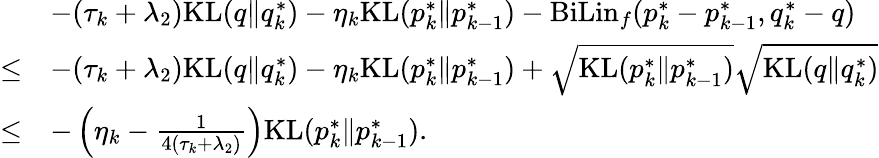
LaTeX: \begin{array}{rl}&{-(\tau_{k}+\lambda_{2})\mathrm{KL}(q\| q_{k}^{*})-\eta_{k}\mathrm{KL}(p_{k}^{*}\| p_{k-1}^{*})-\mathrm{BiLin}_{f}(p_{k}^{*}-p_{k-1}^{*},q_{k}^{*}-q)}\\ {\leq}&{-(\tau_{k}+\lambda_{2})\mathrm{KL}(q\| q_{k}^{*})-\eta_{k}\mathrm{KL}(p_{k}^{*}\| p_{k-1}^{*})+\sqrt{\mathrm{KL}(p_{k}^{*}\| p_{k-1}^{*})}\sqrt{\mathrm{KL}(q\| q_{k}^{*})}}\\ {\leq}&{-\left(\eta_{k}-\frac{1}{4(\tau_{k}+\lambda_{2})}\right)\mathrm{KL}(p_{k}^{*}\| p_{k-1}^{*}).}\end{array}